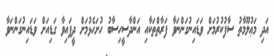
އަދި މަޢުލޫމާތު ސާފުކުރުމަށް ވަޑައިނުގަންނަވާ ފަރާތްތަކާއި އަންދާސީހިސާބު ހުށަހެޅުމަށް ދީފައިވާ ގަޑިއަށް ވަޑައިނުގަންނަވާ